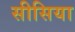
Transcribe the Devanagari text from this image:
सीसिया